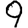
Digit: 9